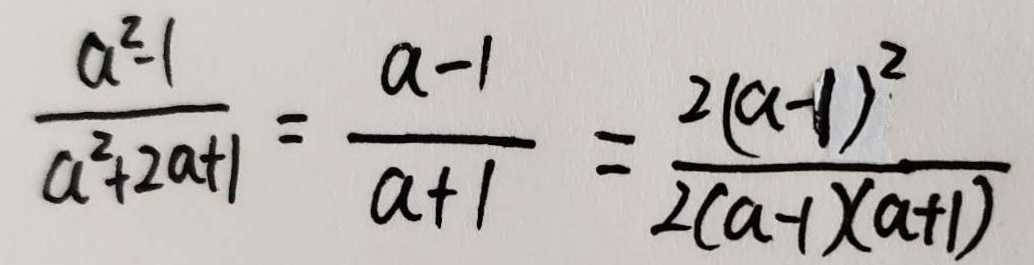
\frac { a ^ { 2 } - 1 } { a ^ { 2 } + 2 a + 1 } = \frac { a - 1 } { a + 1 } = \frac { 2 ( a - 1 ) ^ { 2 } } { 2 ( a - 1 ) ( a + 1 ) }